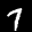
Label: 7